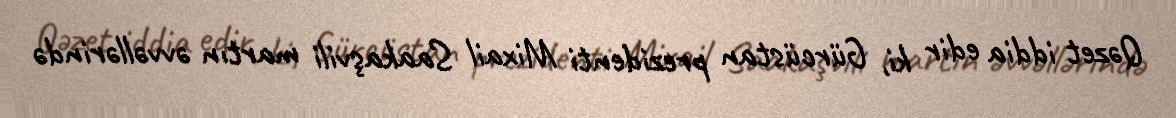
Qəzet iddia edir ki, Gürcüstan prezidenti Mixail Saakaşvili martın əvvəllərində